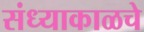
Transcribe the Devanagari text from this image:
संध्याकाळचे